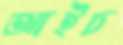
আইচ